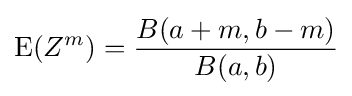
\operatorname {E} (Z^{m})={\frac {B(a+m,b-m)}{B(a,b)}}